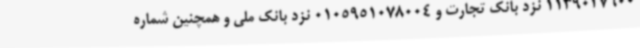
1139027600 نزد بانک تجارت و 0105951078004 نزد بانک ملی و همچنین شماره